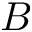
B